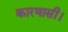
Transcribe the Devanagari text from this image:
कारणासी।